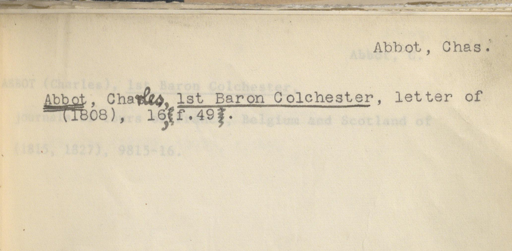
Label: content